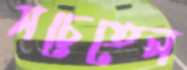
সচেতেন